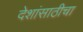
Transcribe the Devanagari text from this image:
देशांसाठीचा